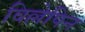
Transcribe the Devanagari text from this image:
विल्लेपिन